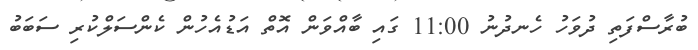
ބުރާސްފަތި ދުވަހު ހެނދުނު 11:00 ގައި ބާއްވަން އޮތް އަޑުއެހުން ކެންސަލްކުރި ސަބަބު